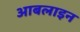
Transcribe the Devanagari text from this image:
आबलाइन